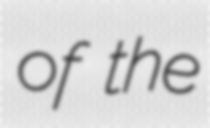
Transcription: of the